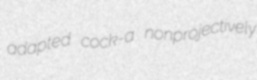
adapted cock-a nonprojectively